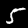
Label: 5